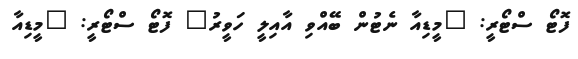
ފޮޓޯ ސްޓޯރީ: "މީޑިއާ ނެޓުން ބޭއްވި އާއިލީ ހަވީރު" ފޮޓޯ ސްޓޯރީ: "މީޑިއާ